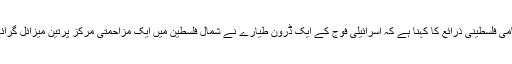
مقامی فلسطینی ذرائع کا کہنا ہے کہ اسرائیلی فوج کے ایک ڈرون طیارے نے شمال فلسطین میں ایک مزاحمتی مرکز پرتین میزائل گرائے۔